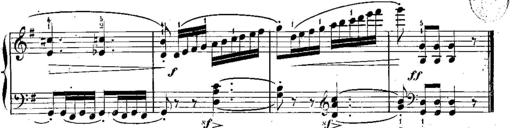
Title: 3 Piano Sonatines
Composer: Jacques-Louis Battmann
Key: C major
 G major
 F major